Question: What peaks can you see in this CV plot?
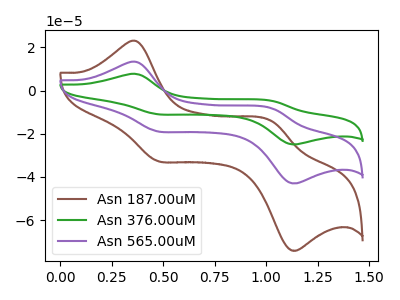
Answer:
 <answer>The brown curve "Asn 187.00uM" has anodic peaks at (0.35V, 22.90uA) (1.05V, -14.30uA) and cathodic peaks at (0.45V, -32.55uA) (1.10V, -73.80uA). The green curve "Asn 376.00uM" has anodic peaks at (0.35V, 26.60uA) (1.05V, -16.60uA) and cathodic peaks at (0.45V, -37.70uA) (1.10V, -85.60uA). The purple curve "Asn 565.00uM" has anodic peaks at (0.35V, 13.30uA) (1.05V, -8.30uA) and cathodic peaks at (0.45V, -18.85uA) (1.10V, -42.80uA).</answer>
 <eval></eval>